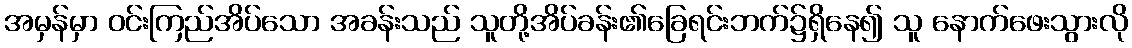
အမှန်မှာ ဝင်းကြည်အိပ်သော အခန်းသည် သူတို့အိပ်ခန်း၏ခြေရင်းဘက်၌ရှိနေ၍ သူ နောက်ဖေးသွားလို